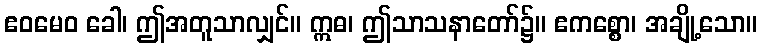
ဧဝမေဝ ခေါ၊ ဤအတူသာလျှင်။ ဣဓ၊ ဤသာသနာတော်၌။ ဧကစ္စော၊ အချို့သော။